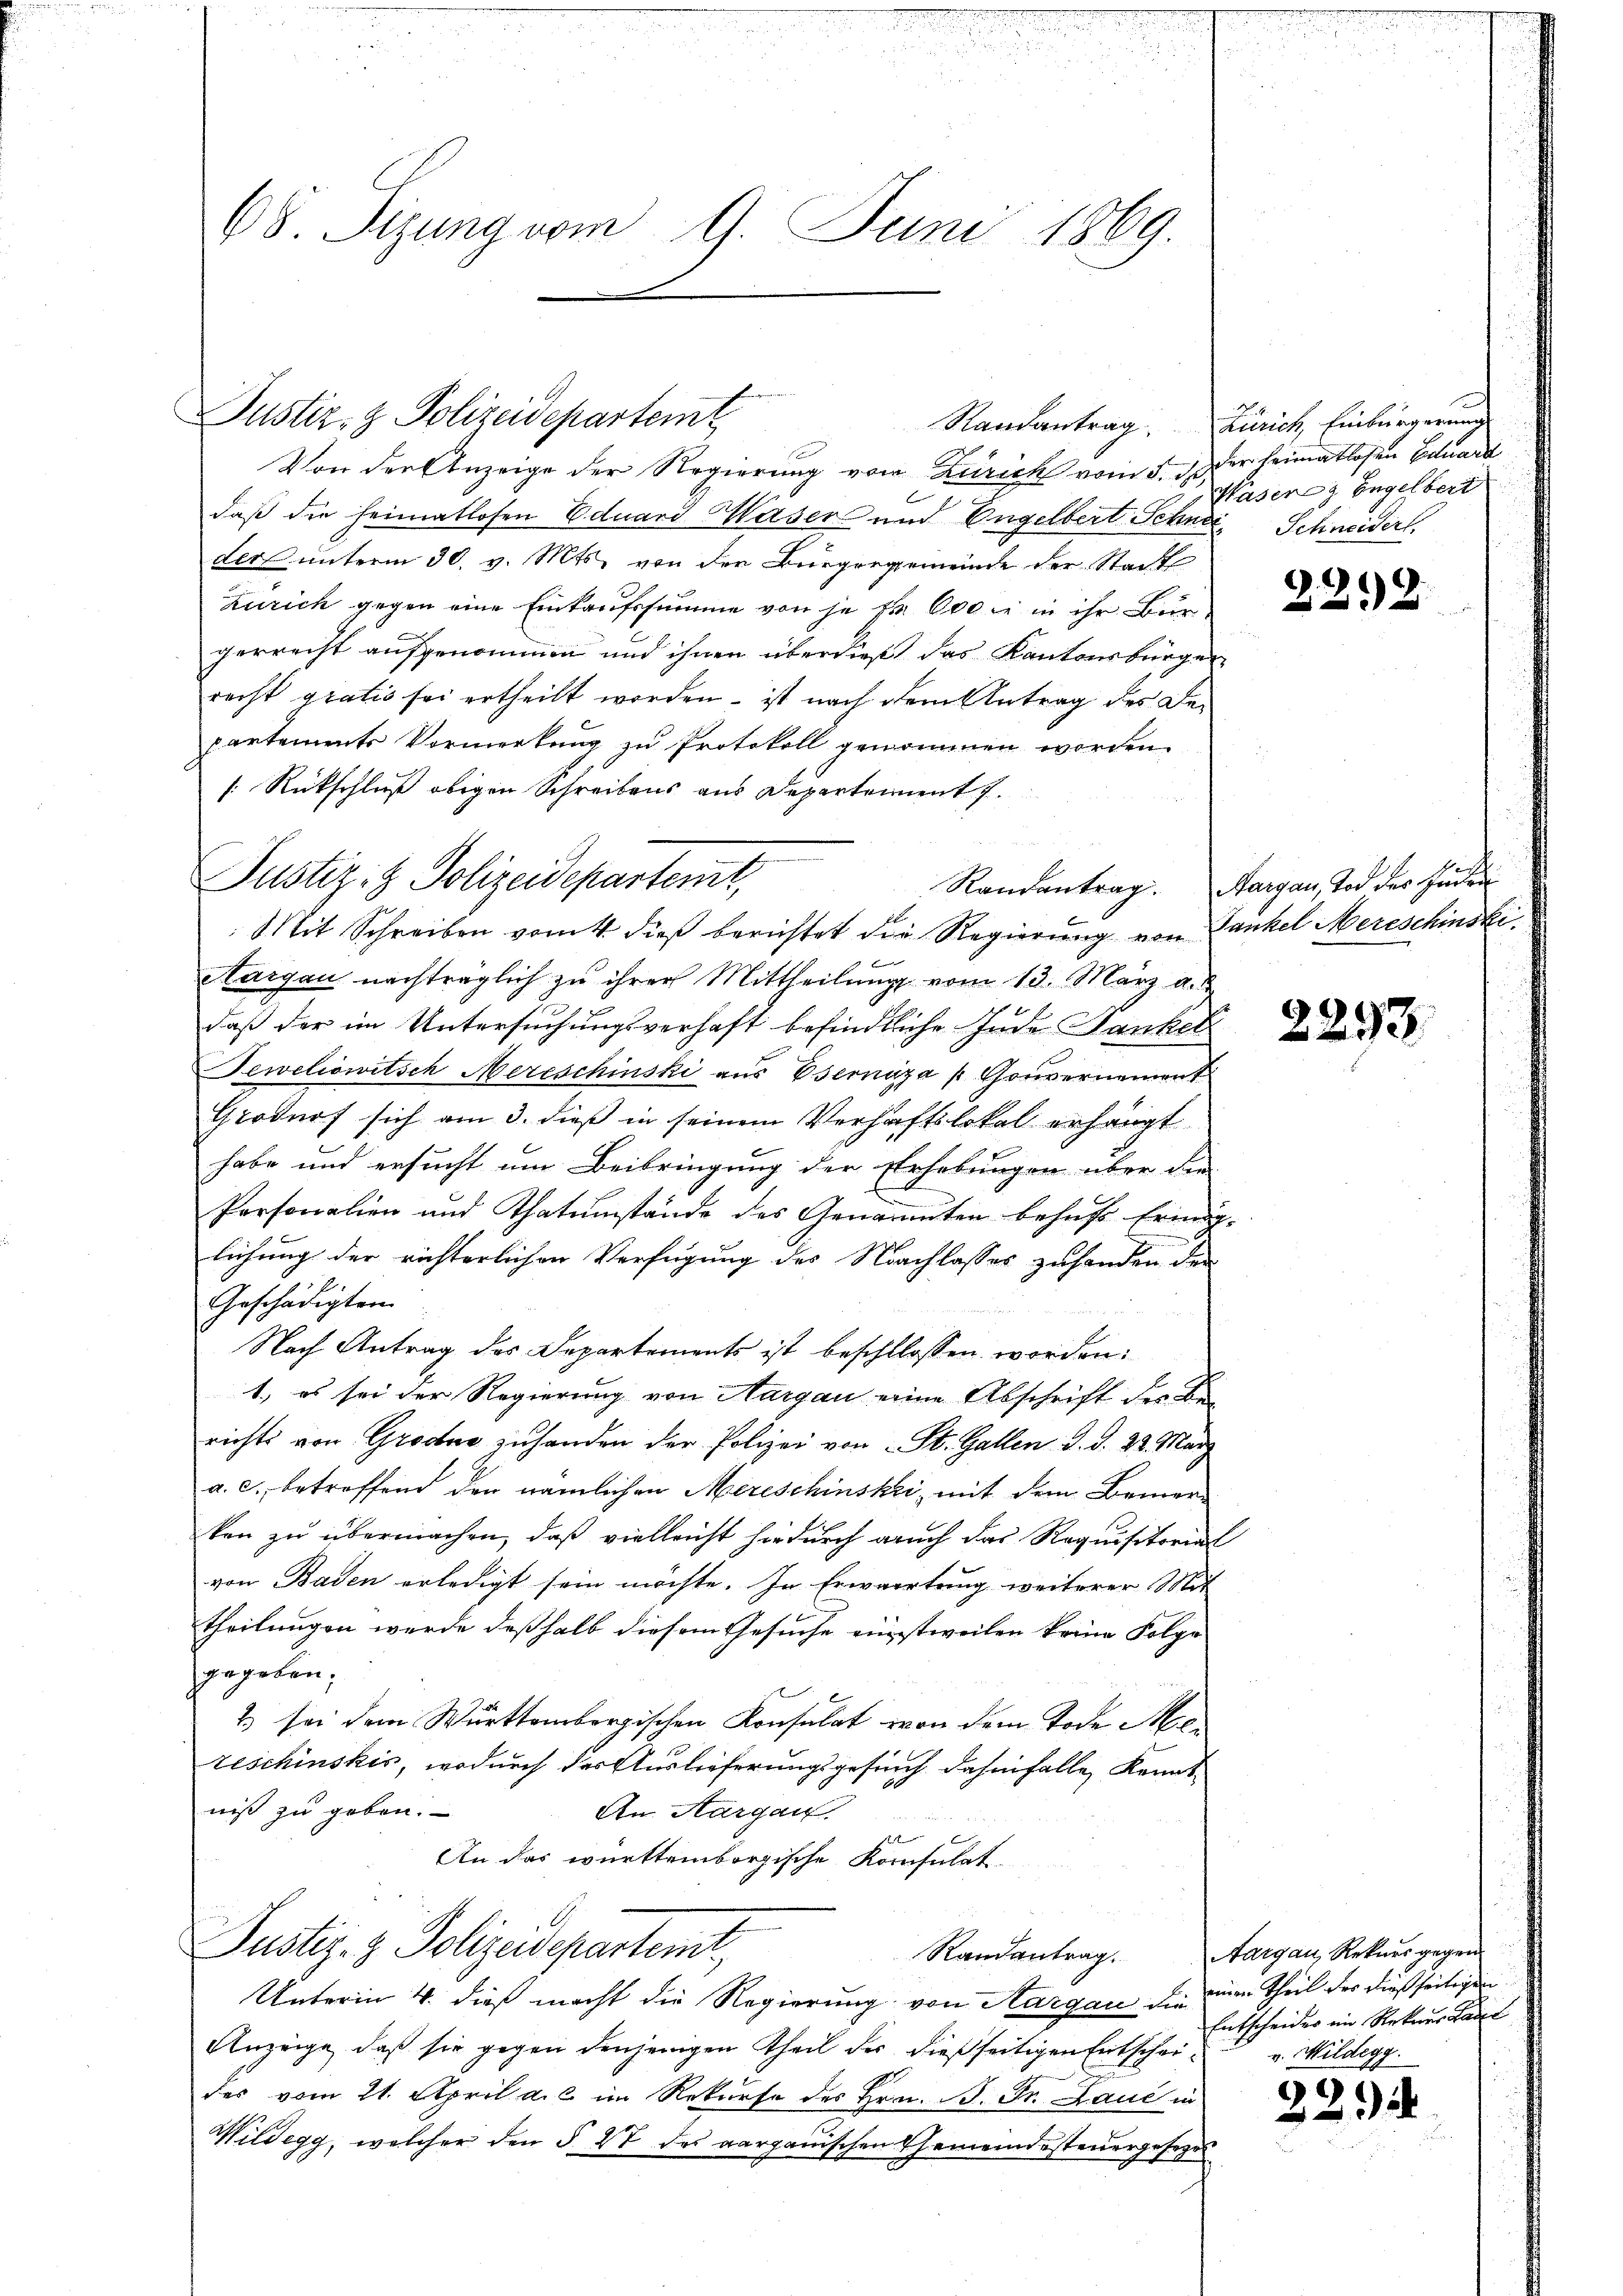
68 Sizung vom 9. Juni 1869.

Justiz- & Polizeidepartemt

Von der Anzeige der Regierung von Zürich vom 5. d. der heimatlosen Eduard
daß die heimatlosen Eduard Waser und Engelbert Schnee, Schneiderl
der unterm 30. v. Mts. von der Bürgergemeinde der Stadt
Zürich gegen eine Einkaufssumme von je k. Ob die in ihr Bürgerrecht aufgenommen und ihnen überdieß das Kantonsbürger
recht gratis sei ertheilt worden – ist nach dem Antrag des Departements Vormerkung zu Protokoll genommen worden.
[: Rückschluß obigen Schreibens aus Departement 7.
Aargau nachträglich zu ihrer Mittheilung vom 13. März a.
daß der im Untersuchungsverhaft befindliche Inde Dankel
Teweliowitsch Mereschinski aus Esernáza   Gouvernement
Grodarf sich am 3. dieß in seinem Verhaftslokal erhängt
habe und ersucht um Beibringung der Erhebungen über die
Personalien und Thatumstände des Genannten behufs Ermög-
lichung der richterlichen Verfügung des Nachlasses zuhanden den
Geschädigten
Nach Antrag des Departements ist beschlossen worden:
1. es sei der Regierung von Aargau eine Abschrift des Berichts von Grode zuhanden der Polizei von St. Gallen d. d. 22. März
a. c. betreffend den nämlichen Mereschinski, mit dem Bemer-
kon zu übermachen, daß vielleicht hiedurch auch das Requisitorial
von Baden erledigt sein möchte. In Erwartung weiterer Mit
theilungen werde deßhalb diesem Gesuche einstweilen keine Folge
gegeben;
2 sei dem Württembergischen Konsulat von dem Tode Mereschinskis, wodurch der Auslieferungsgesuch dahinfalle, Kennt
niß zu geben.
An Aargau.
An das württembergische Konsulat
Justiz- & Polizeidepartemt,
Randantrag.
Unterin 4. dieß macht die Regierung von Aargau die ein Theil der dießseitigen
Anzeige, daß sie gegen denjenigen Theil der dießseitigen Entscheides vom 21. April a. c. im Rekurse des Hrn. B. Fr. Lauć in
Wildegg, welcher den §. XV des aargauischen Gemeindesteuergesetzes

Justiz- & Polizeidepartemt,
Mit Schreiben vom 4. dieß berichtet die Regierung von Dankel Mereschinski

Randantrag. Zürich, Einbürgerung
Waseres Engelbert

2212

Randantrag. Margau, Tod des Hinden

2293.

Aargau, Rekurs gegen
Entscheider ein Rekurs Basel
v. Mildegg.

229